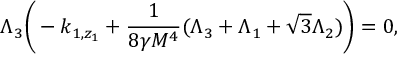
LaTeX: \Lambda _ { 3 } \bigg ( - k _ { 1 , z _ { 1 } } + \frac { 1 } { 8 \gamma M ^ { 4 } } ( \Lambda _ { 3 } + \Lambda _ { 1 } + \sqrt { 3 } \Lambda _ { 2 } ) \bigg ) = 0 ,